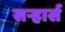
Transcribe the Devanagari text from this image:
सऱ्हार्स